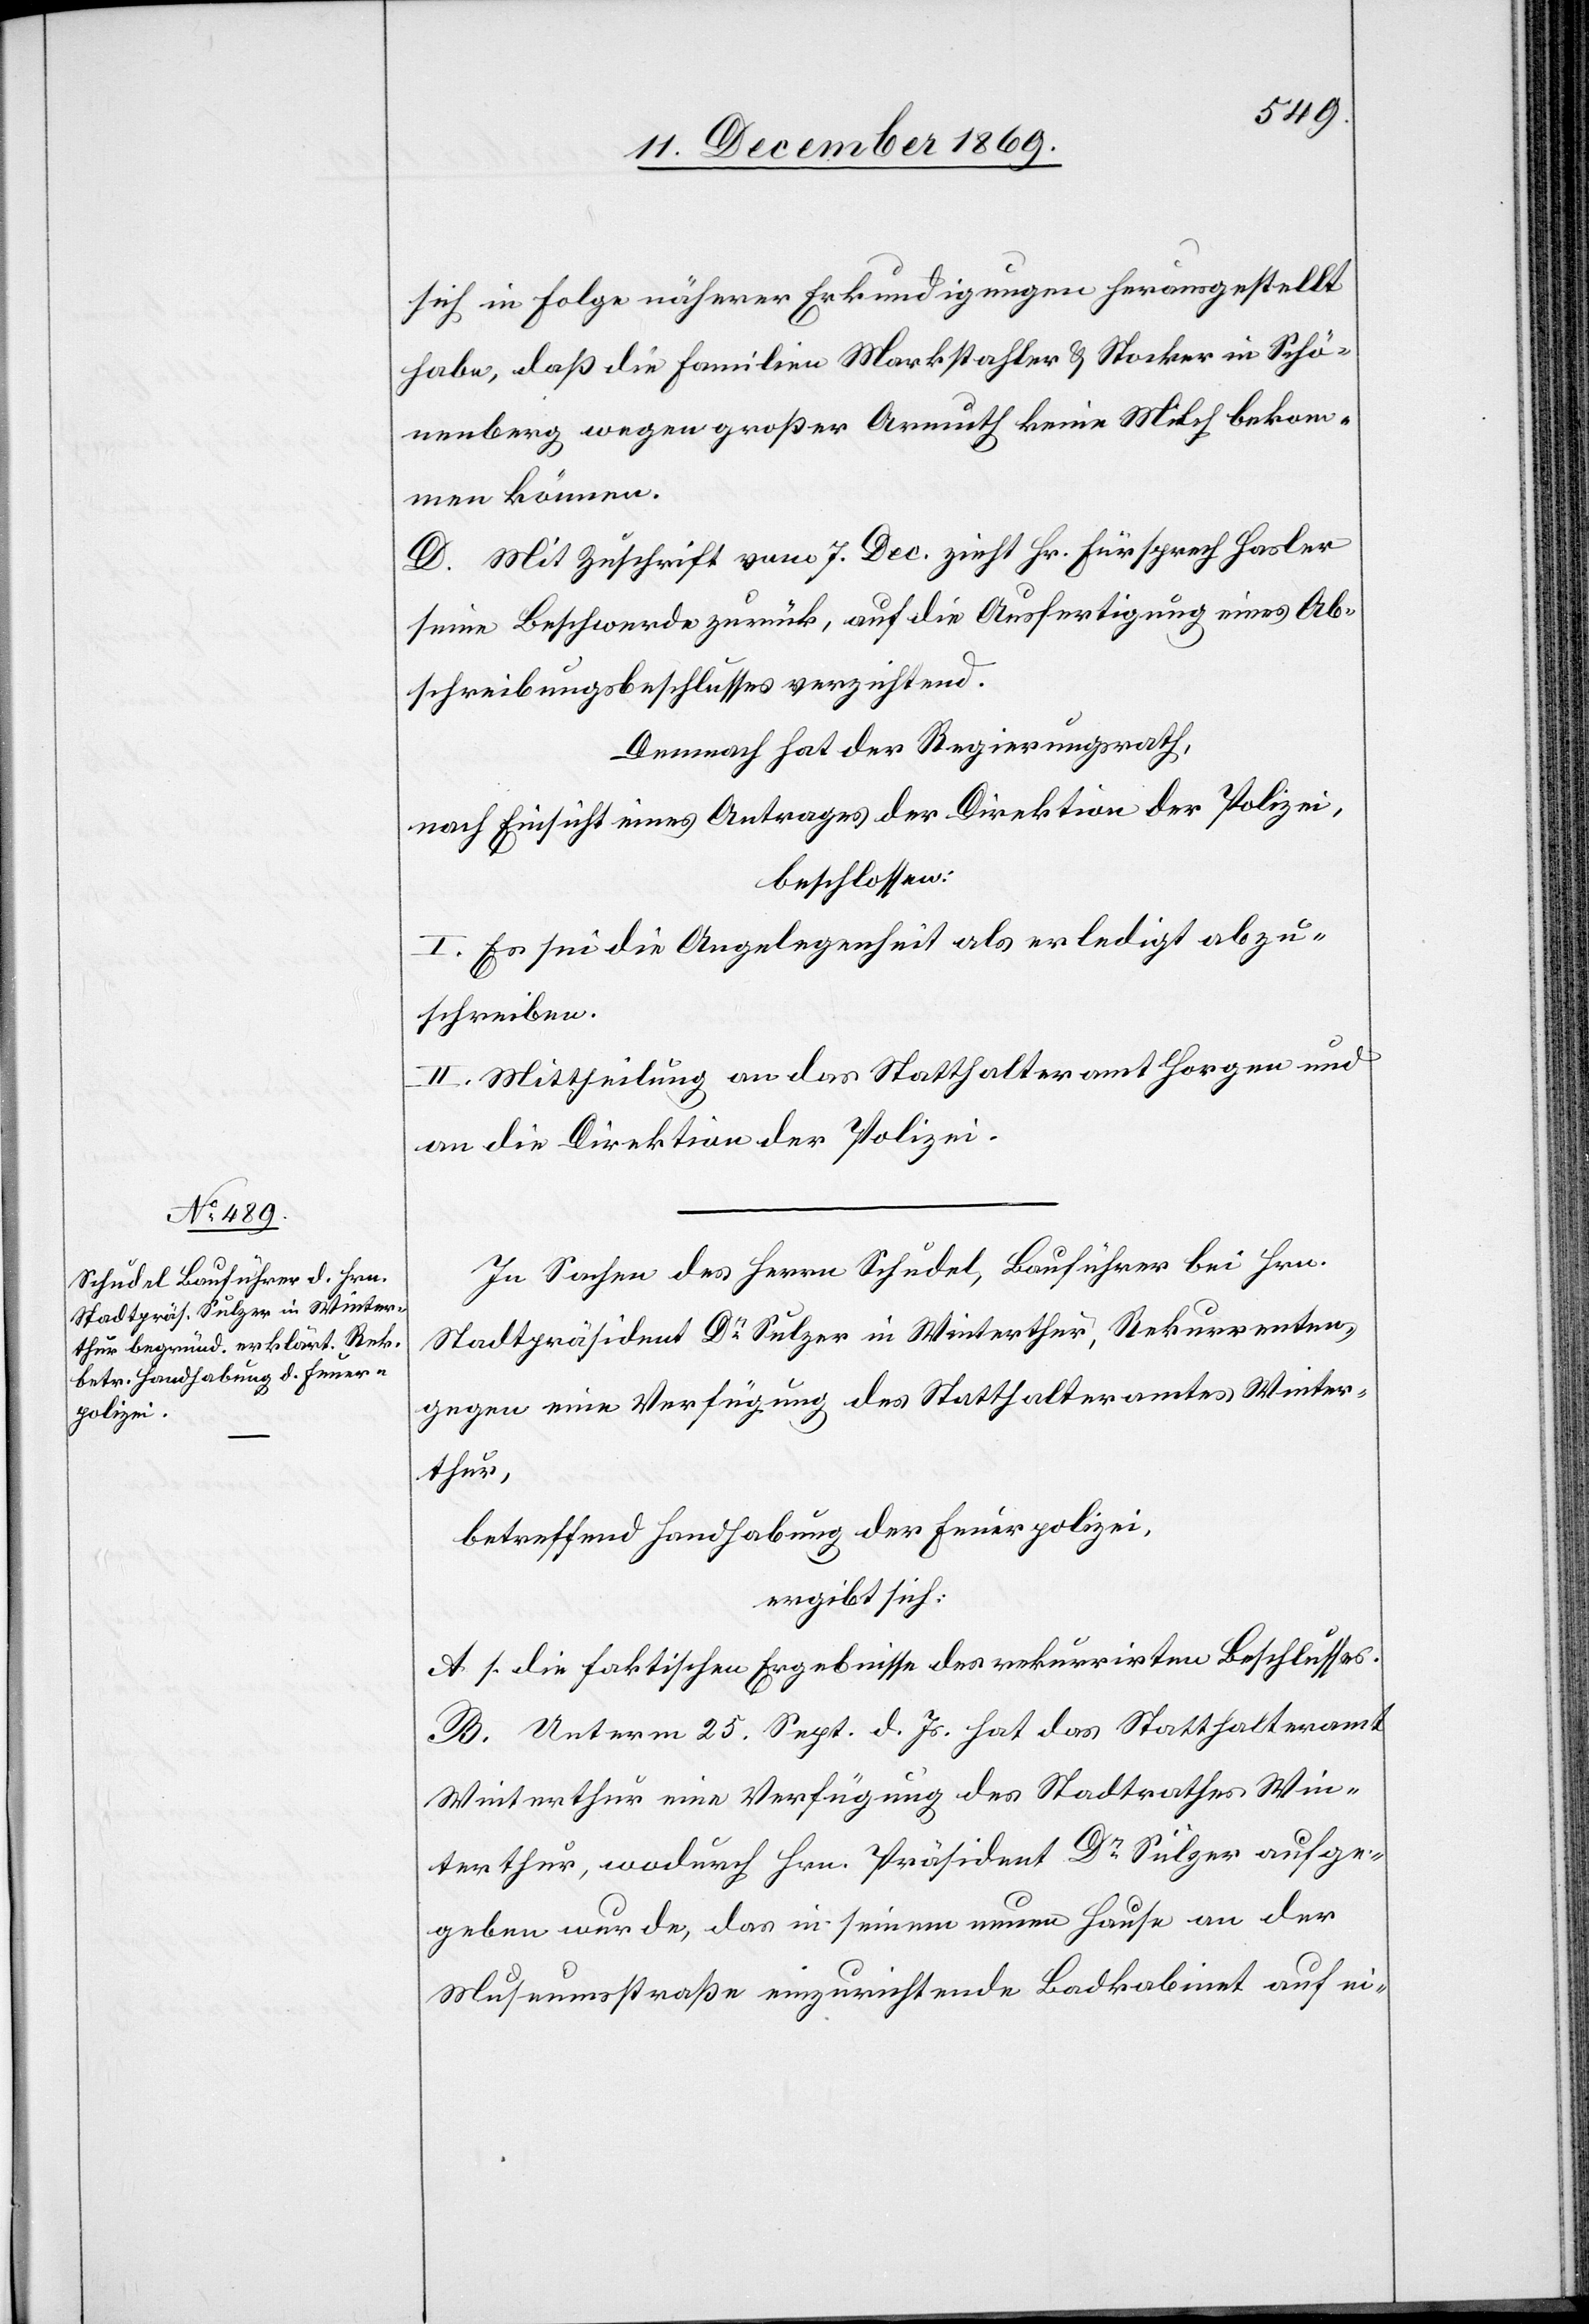
sich in Folge näherer Erkundigungen herausgestellt
habe, daß die Familien Markstahler & Stocker in Schö¬
nenberg wegen großer Armuth keine Milch bekom¬
men können.
D. Mit Zuschrift vom 7. Dec. zieht Hr. Fürsprech Hasler
seine Beschwerde zurück, auf die Ausfertigung eines Ab¬
schreibungsbeschlusses verzichtend.
Demnach hat der Regierungsrath,
nach Einsicht eines Antrages der Direktion der Polizei,
beschlossen:
I. Es sei die Angelegenheit als erledigt abzu¬
schreiben.
II. Mittheilung an das Statthalteramt Horgen und
an die Direktion der Polizei.
In Sachen des Herrn Schudel, Bauführer bei Hrn.
Stadtpräsident Dr Sulzer in Winterthur, Rekurrenten,
gegen eine Verfügung des Statthalteramtes Winter¬
thur,
betreffend Handhabung der Feuerpolizei,
ergibt sich:
A. s. die faktischen Ergebnisse des rekurrirten Beschlusses.
B. Unterm 25. Sept. d. Js. hat das Statthalteramt
Winterthur eine Verfügung des Stadtrathes Win¬
terthur, wodurch Hrn. Präsident Dr Sulzer aufge¬
geben wurde, das in seinem neuen Hause an der
Museumsstraße einzurichtende Badkabinet auf ei-